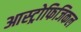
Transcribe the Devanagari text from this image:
आस्ट्रोफिजिकल